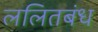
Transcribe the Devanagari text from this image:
ललितबंध